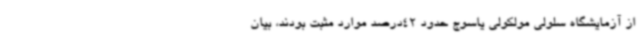
از آزمایشگاه سلولی مولکولی یاسوج حدود 42درصد موارد مثبت بودند، بیان